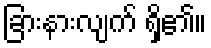
ခြားနားလျက် ရှိ၏။